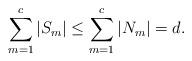
LaTeX: \begin{align*}\sum_{m=1}^c |S_m|\leq\sum_{m=1}^c |N_m|=d.\end{align*}